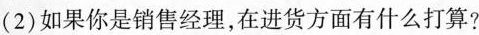
(2)如果你是销售经理，在进货方面有什么打算?